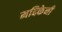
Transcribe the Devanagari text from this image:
मदिकेनी